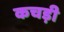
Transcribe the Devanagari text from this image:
कचड़ी